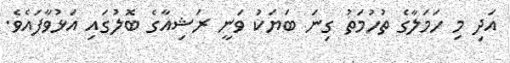
އަދި މި ހަމަލާގެ ތުހުމަތު ގިނަ ބަޔަކު ވަނީ ރަޝިއާގެ ބޮލުގައި އަޅުވާފައެވެ.